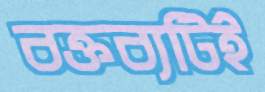
বক্তব্যটিই